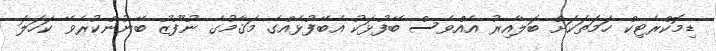
ޑިމޮކްރެޓިކް ހަމަތަކަށް ބަލާއިރު އެއްވެސް ބޭފުޅަކު އެބޭފުޅެއްގެ މަޤާމުގެ ނުފޫޒު ބޭނުންކުރެވޭ ކަހަލަ